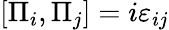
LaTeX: \left[\Pi_{i},\Pi_{j}\right]=i\varepsilon_{ij}